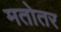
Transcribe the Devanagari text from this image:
मतोतर